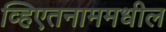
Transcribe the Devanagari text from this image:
व्हिएतनाममधील